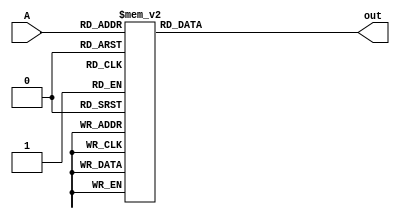
module decoder(input [4:0] A, output reg [31:0] out);

always @(*) begin
    case(A)
        5'd0  :  out = 32'd1;
        5'd1  :  out = 32'd2;
        5'd2  :  out = 32'd4;
        5'd3  :  out = 32'd8;
        5'd4  :  out = 32'd16;
        5'd5  :  out = 32'd32;
        5'd6  :  out = 32'd64;
        5'd7  :  out = 32'd128;
        5'd8  :  out = 32'd256;
        5'd9  :  out = 32'd512;
        5'd10 :  out = 32'd1024;
        5'd11 :  out = 32'd2048;
        5'd12 :  out = 32'd4096;
        5'd13 :  out = 32'd8192;
        5'd14 :  out = 32'd16384;
        5'd15 :  out = 32'd32768;
        5'd16 :  out = 32'd65536;
        5'd17 :  out = 32'd131072;
        5'd18 :  out = 32'd262144;
        5'd19 :  out = 32'd524288;
        5'd20 :  out = 32'd1048576;
        5'd21 :  out = 32'd2097152;
        5'd22 :  out = 32'd4194304;
        5'd23 :  out = 32'd8388608;
        5'd24 :  out = 32'd16777216;
        5'd25 :  out = 32'd33554432;
        5'd26 :  out = 32'd67108864;
        5'd27 :  out = 32'd134217728;
        5'd28 :  out = 32'd268435456;
        5'd29 :  out = 32'd536870912;
        5'd30 :  out = 32'd1073741824;
        5'd31 :  out = 32'd2147483648;
    endcase
    // case
    //     5'd0  :  out = 32'b00000000000000000000000000000001;
    //     5'd1  :  out = 32'b00000000000000000000000000000010;
    //     5'd2  :  out = 32'b00000000000000000000000000000100;
    //     5'd3  :  out = 32'b00000000000000000000000000001000;
    //     5'd4  :  out = 32'b00000000000000000000000000010000;
    //     5'd5  :  out = 32'b00000000000000000000000000100000;
    //     5'd6  :  out = 32'b00000000000000000000000001000000;
    //     5'd7  :  out = 32'b00000000000000000000000010000000;
    //     5'd8  :  out = 32'b00000000000000000000000100000000;
    //     5'd9  :  out = 32'b00000000000000000000001000000000;
    //     5'd10 :  out = 32'b00000000000000000000010000000000;
    //     5'd11 :  out = 32'b00000000000000000000100000000000;
    //     5'd12 :  out = 32'b00000000000000000001000000000000;
    //     5'd13 :  out = 32'b00000000000000000010000000000000;
    //     5'd14 :  out = 32'b00000000000000000100000000000000;
    //     5'd15 :  out = 32'b00000000000000001000000000000000;
    //     5'd16 :  out = 32'b00000000000000010000000000000000;
    //     5'd17 :  out = 32'b00000000000000100000000000000000;
    //     5'd18 :  out = 32'b00000000000001000000000000000000;
    //     5'd19 :  out = 32'b00000000000010000000000000000000;
    //     5'd20 :  out = 32'b00000000000100000000000000000000;
    //     5'd21 :  out = 32'b00000000001000000000000000000000;
    //     5'd22 :  out = 32'b00000000010000000000000000000000;
    //     5'd23 :  out = 32'b00000000100000000000000000000000;
    //     5'd24 :  out = 32'b00000001000000000000000000000000;
    //     5'd25 :  out = 32'b00000010000000000000000000000000;
    //     5'd26 :  out = 32'b00000100000000000000000000000000;
    //     5'd27 :  out = 32'b00001000000000000000000000000000;
    //     5'd28 :  out = 32'b00010000000000000000000000000000;
    //     5'd29 :  out = 32'b00100000000000000000000000000000;
    //     5'd30 :  out = 32'b01000000000000000000000000000000;
    //     5'd31 :  out = 32'b10000000000000000000000000000000;
    // endcase
end

endmodule